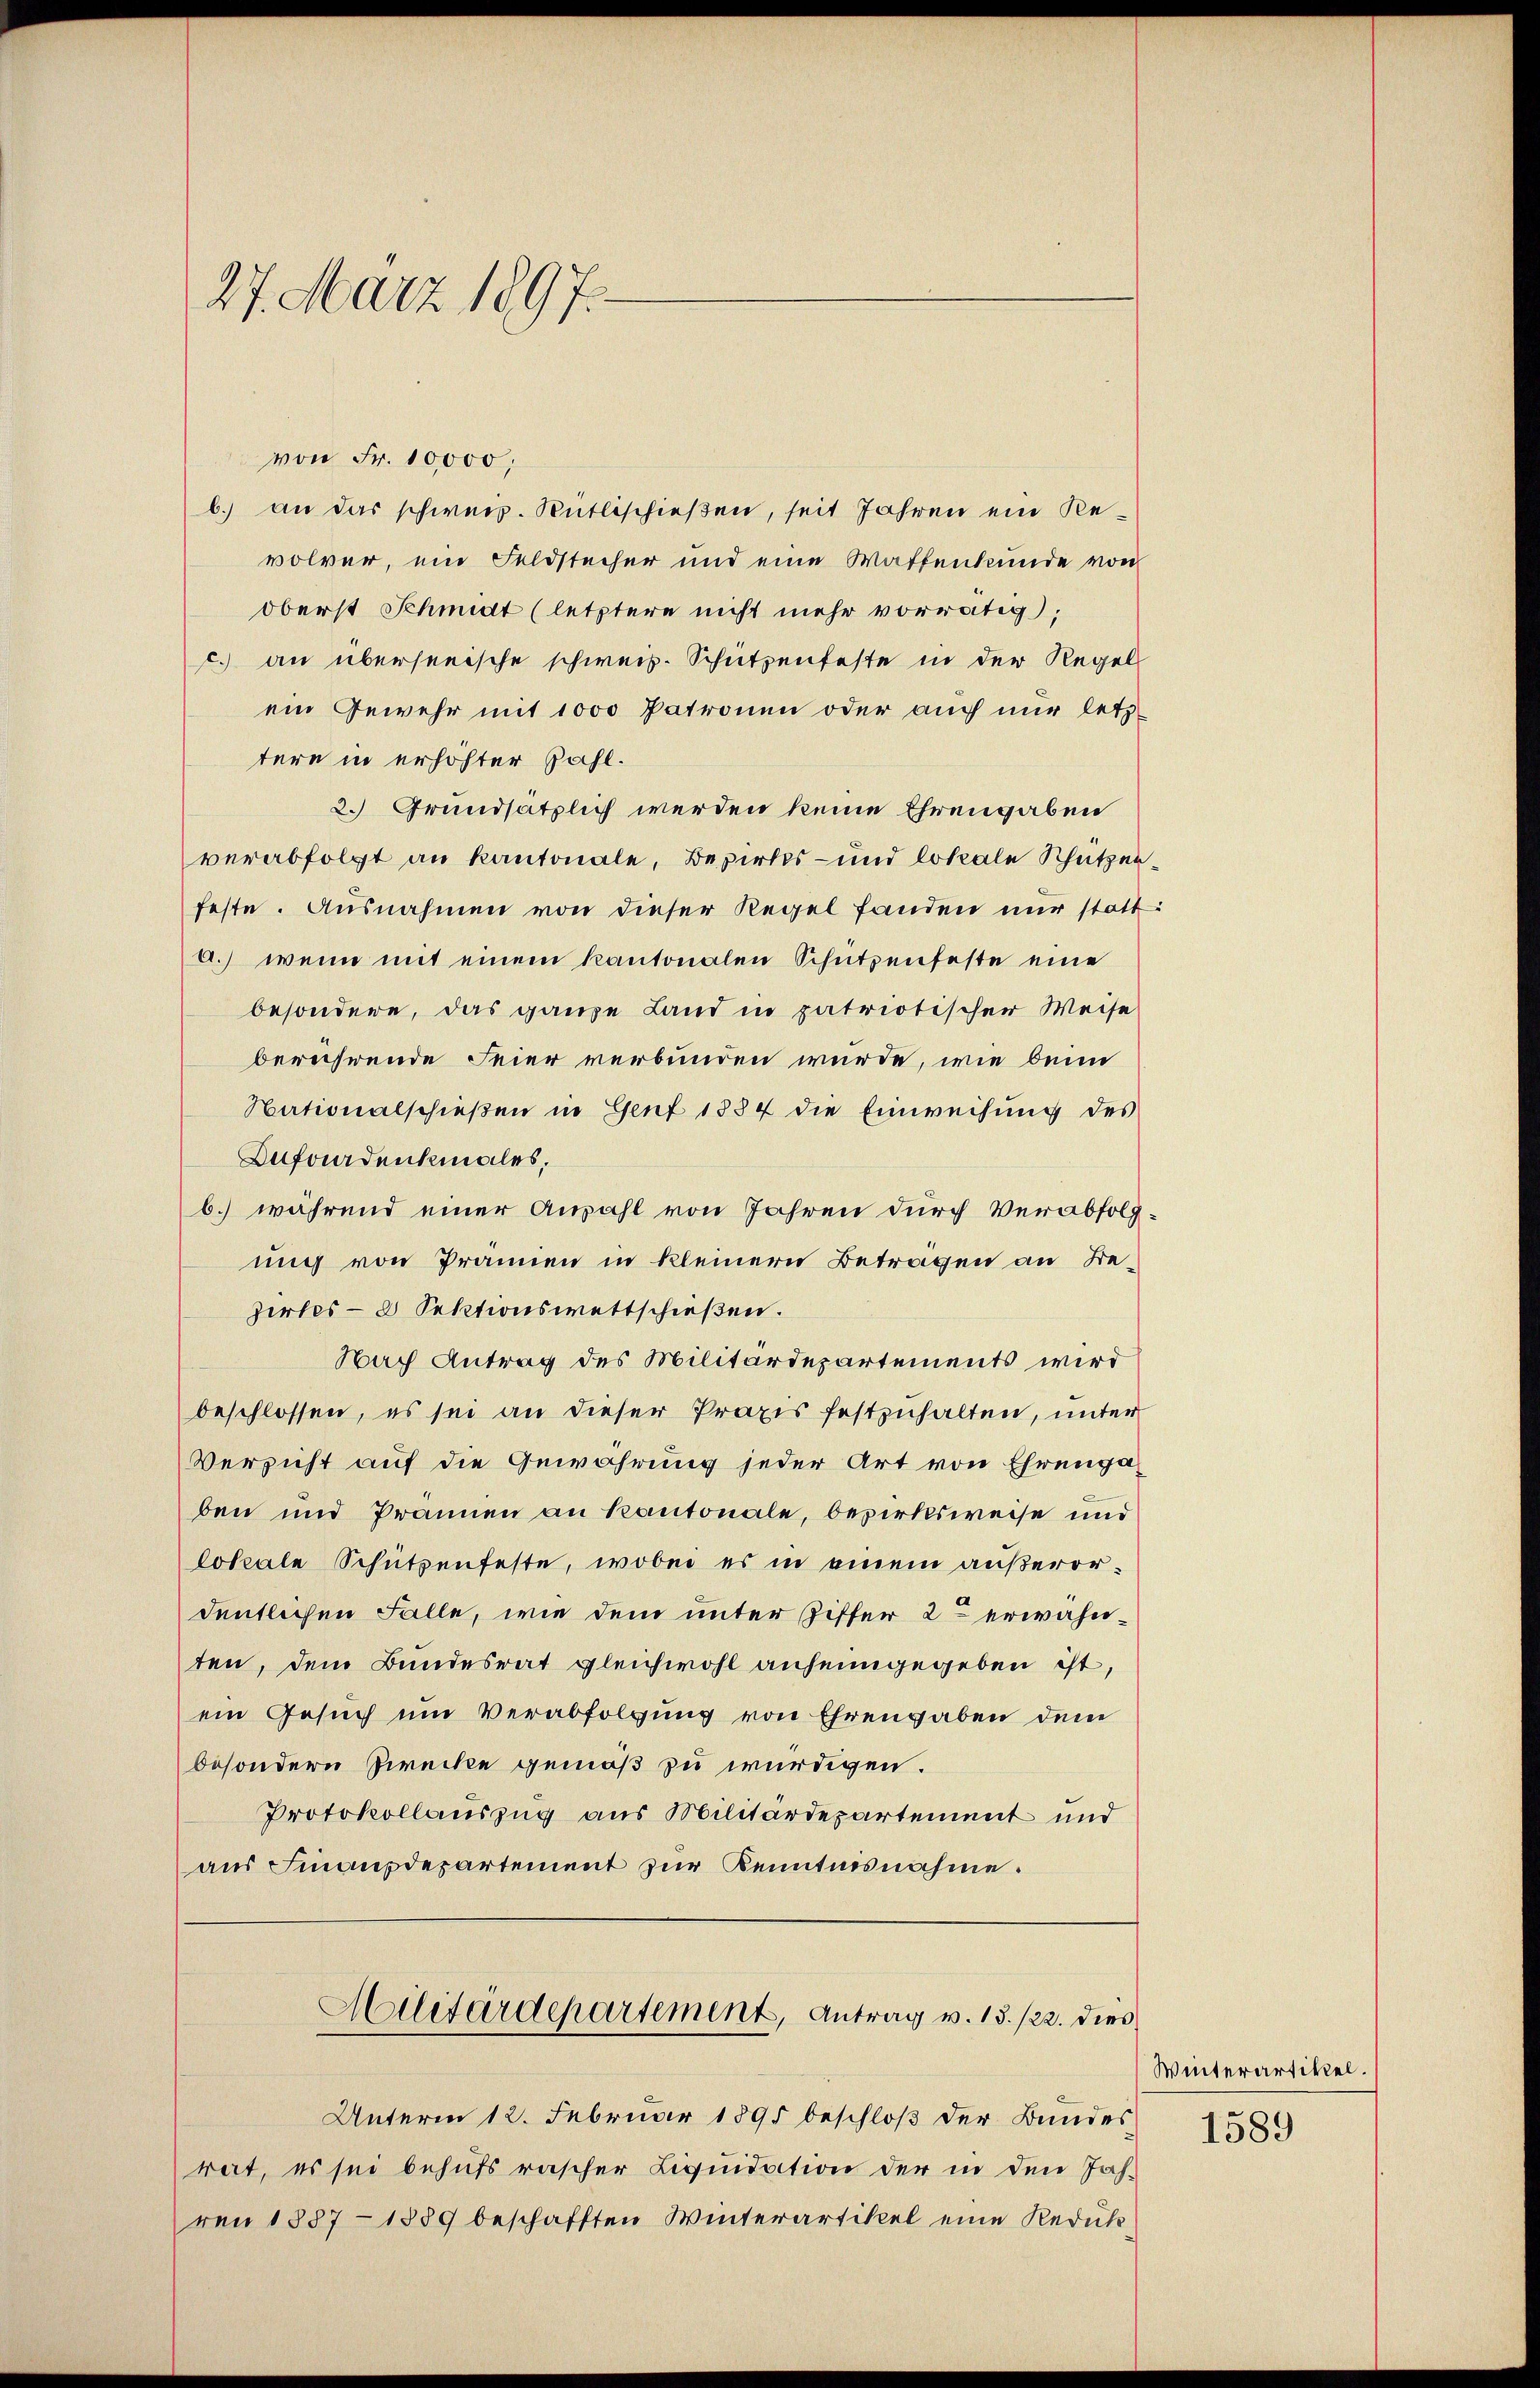
27. März 1897.

von Fr. 10,000,
b.) an das schwers. Rütlischießen, seit Jahren ein Revolver, ein Feldstecher und eine Waffenkunde von
oberst Schmidt (letztere nicht mehr vorrätig);
c. an überseeische schweiz. Schutzenfeste in der Regel
ein Gewehr mit 1000 Patronen oder auch nur letztere in erhöhter Zahl.
2. Grundsätzlich werden keine Ehrengaben
verabfolgt an Kantonale, Bezirks- und lokale Schützen
feste. Ausnahmen von dieser Regel fanden nur statt
a.) wenn mit einem Kantonalen Schützenfeste eine
besondere, das ganze Land in patriotischer Weise
berührende Feier verbunden wurde, wie denn
Nationalschießen in Genf 1884 die Einweisung des
Zufordenkmales,
b.) während einer Anzahl von Jahren durch Verabfolg
ung von Prämien in kleinern Betragen an Dezirtes - 8 Sektionswettschießen.
Nach Antrag des Militärdepartements wird
beschlossen, es sei an dieser Praxis festzuhalten, unter
Versicht auf die Gewährung jeder Art von Ehrengaben und Pränen an Kantonale, bezirksweise und
lokale Schützenfeste, wobei es in einem außerordeutlichen Falle, wie dem unter Ziffer 2 erwähnten, dem Bundesrat gleichwohl anheimgegeben ist,
ein Gesuch um Verabfolgung von Ehrengaben dem
besondern Zwecke gemäß zu würdigen.
Protokollauszug aus Militärdepartement und
aus Finanzdepartement zur Kenntnisnahme.

Unterm 12. Februar 1895 beschloß der Bundes
rat, es sei behufs rascher Liquidation der in den Jah-
ren 1887 - 1889 beschafften Winterartikel eine Reduk¬

Militärdepartement, Antrag v. 15./22. dies

Winterartikel.

1589